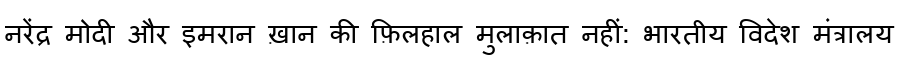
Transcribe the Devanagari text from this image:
नरेंद्र मोदी और इमरान ख़ान की फ़िलहाल मुलाक़ात नहीं: भारतीय विदेश मंत्रालय